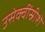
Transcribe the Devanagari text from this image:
उसेक्वींस्रीशे